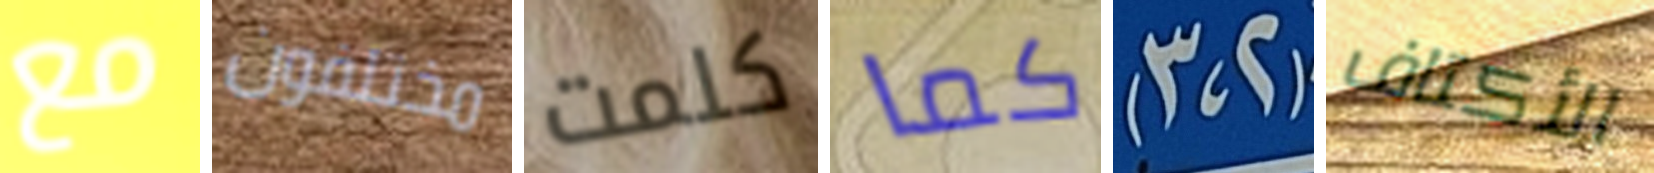
مع مختلفون كلمت كما (2،3) الأكتاف